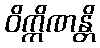
ဝိက္ကိဏန္တိ